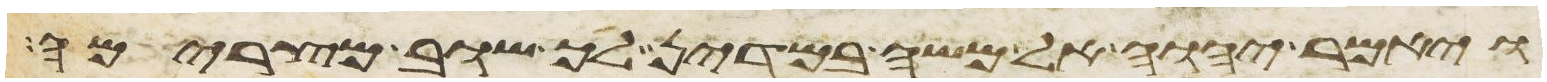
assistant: ויאמר יהוה אל משה במדין לך שוב מצרימה